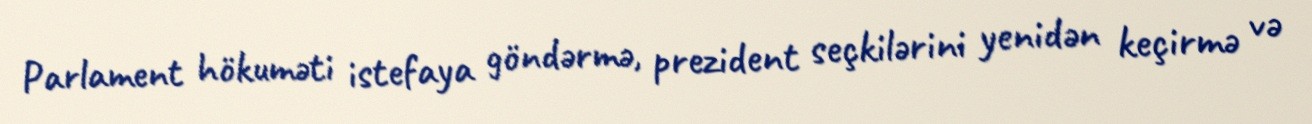
Parlament hökuməti istefaya göndərmə, prezident seçkilərini yenidən keçirmə və